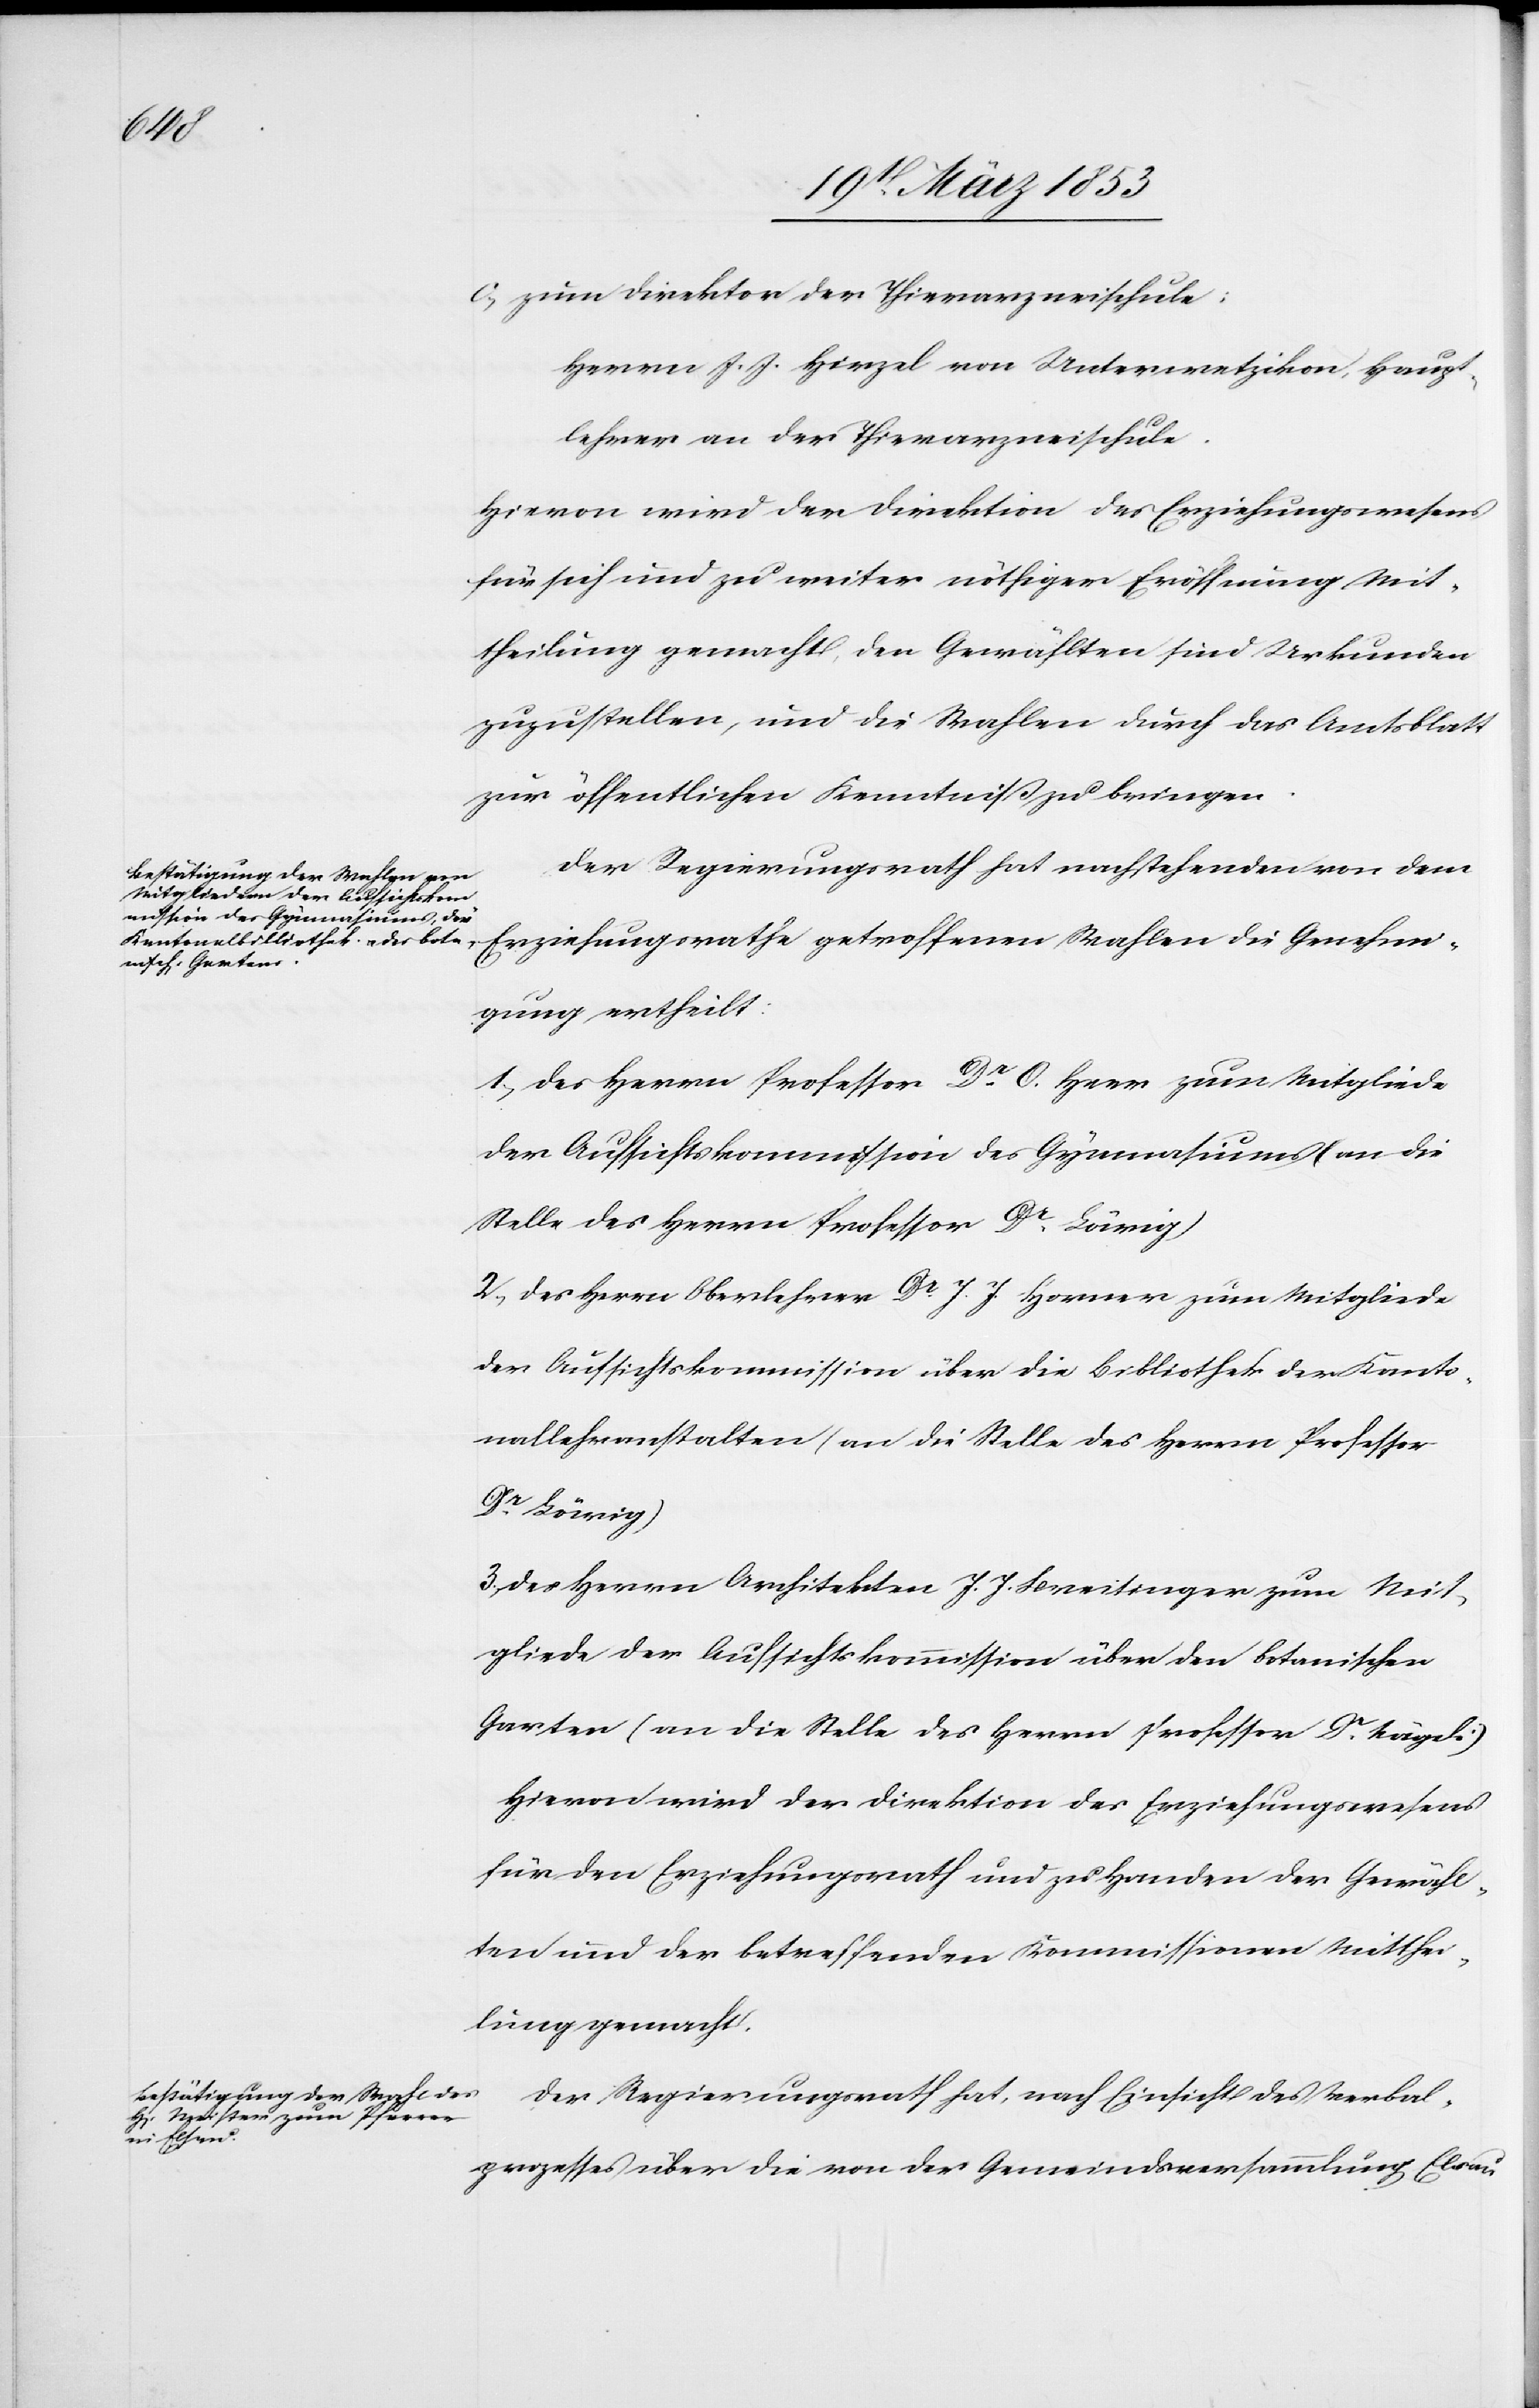
c, zum Direktor der Thierarzneischule:
Herrn J. J. Hirzel von Unterwetzikon, Haupt¬
lehrer an der Thierarzneischule.
Hievon wird der Direktion des Erziehungswesens
für sich und zu weiter nöthigen Eröffnung Mit¬
theilung gemacht, den Gewählten sind Urkunden
zuzustellen, und die Wahlen durch das Amtsblatt
zur öffentlichen Kenntniß zu bringen.
Der Regierungsrath hat nachstehenden von dem
Wahlen die Genehmi¬
gung ertheilt:
1, Des Herrn Professor Dr. O. Herr zum Mitgliede
der Aufsichtskommission des Gymnasiums (an die
Stelle des Herrn Professor Dr. Lärig)
2, Des Herrn Oberlehrer Dr. J. J. Horner zum Mitgliede
der Aufsichtskommission über die Bibliothek der Kanto¬
nallehranstalten (an die Stelle des Herrn Professor
Dr. Lärig)
3, Des Herrn Architekten J. J. Breitinger zum Mit¬
gliede der Aufsichtskommission über den botanischen
Garten (an die Stelle des Herrn Professor Dr. Nägeli)
Hievon wird der Direktion des Erziehungswesens
für den Erziehungsrath und zu Handen der Gewähl¬
ten und der betreffenden Kommisssionen Mitthei¬
lung gemacht.
Der Regierungsrath hat, nach Einsicht des Verbal¬
prozesses über die von der Gemeindsversammlung Elsau